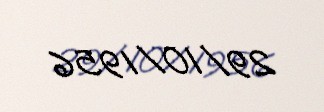
29/10/1956